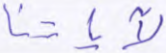
لآياتنا